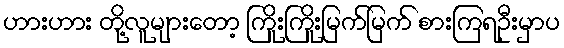
ဟားဟား တို့လူများတော့ ကြိုးကြိုးမြက်မြက် စားကြရဦးမှာပ